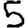
Digit: 5